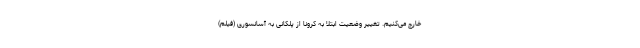
خارج می‌کنیم. تغییر وضعیت ابتلا به کرونا از پلکانی به آسانسوری (فیلم)